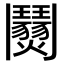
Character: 𩰜